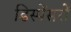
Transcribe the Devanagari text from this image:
डिस्पेंसरों